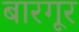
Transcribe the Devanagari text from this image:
बारगूर